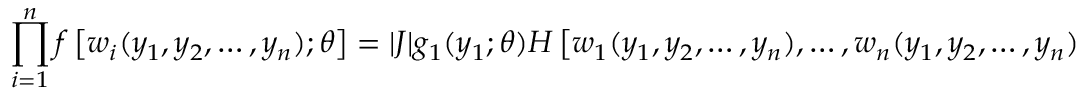
\prod _ { i = 1 } ^ { n } f \left[ w _ { i } ( y _ { 1 } , y _ { 2 } , \dots , y _ { n } ) ; \theta \right] = | J | g _ { 1 } ( y _ { 1 } ; \theta ) H \left[ w _ { 1 } ( y _ { 1 } , y _ { 2 } , \dots , y _ { n } ) , \dots , w _ { n } ( y _ { 1 } , y _ { 2 } , \dots , y _ { n } ) \right] .